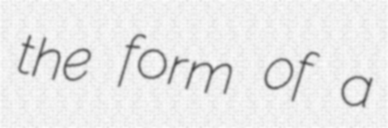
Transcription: the form of a